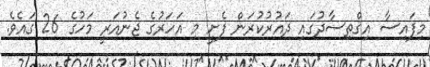
މިފައިސާ އިޤްތިސާދުގައި ދައުރުކުރަން ފެށީ މި އަހަރުގެ ޖެނުއަރީ މަހުގެ 26 ގައެވެ.